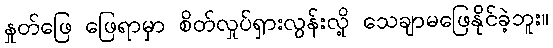
နှုတ်ဖြေ ဖြေရာမှာ စိတ်လှုပ်ရှားလွန်းလို့ သေချာမဖြေနိုင်ခဲ့ဘူး။